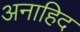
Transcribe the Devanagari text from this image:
अनाहिद